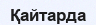
Қайтарда